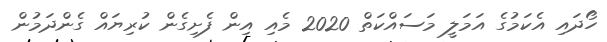
ހޯދައި އެކަމުގެ އަމަލީ މަސައްކަތް 2020 މެއި އިން ފެށިގެން ކުރިޔައް ގެންދަމުން